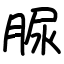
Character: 脲